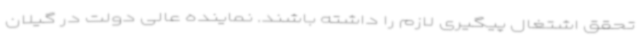
تحقق اشتغال پیگیری لازم را داشته باشند. نماینده عالی دولت در گیلان